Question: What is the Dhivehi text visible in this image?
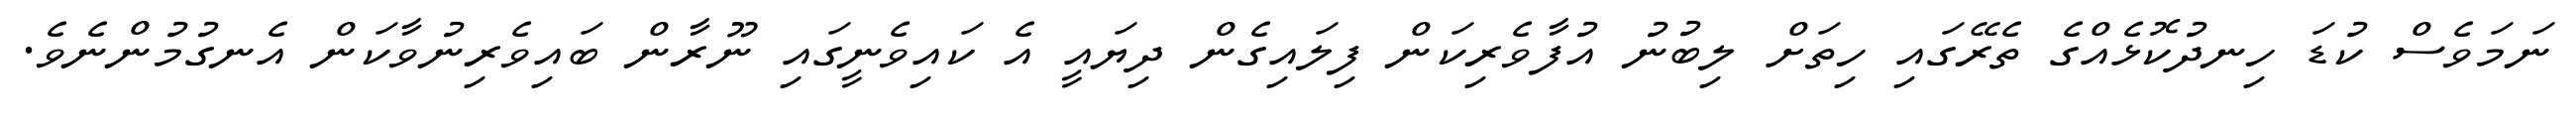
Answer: ނަމަވެސް ކުޑަ ހިނދުކޮޅެއްގެ ތެރޭގައި ހިތަށް ލިބުނު އުފާވެރިކަން ފިލައިގެން ދިޔައީ އެ ކައިވެނީގައި ނޫރާން ބައިވެރިނުވާކަން އެނގުމުންނެވެ.